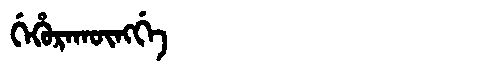
Manchu: ᡤᡝᡥᡠᡵᠠᡴᡡᠩᡤᡝ
Romanization: GEHURAKŪNGGE